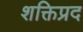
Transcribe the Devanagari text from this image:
शक्तिप्रद